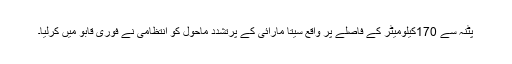
پٹنہ سے 170کیلومیٹر کے فاصلے پر واقع سیتا مارائی کے پرتشدد ماحول کو انتظامی نے فوری قابو میں کرلیا۔